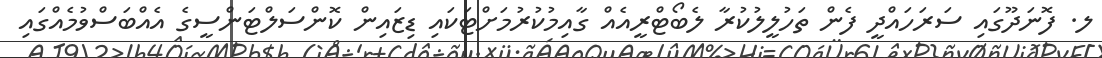
ލ. ފޮނަދޫގައި ސަރަހައްދީ ފެން ތަހުލީލުކުރާ ލެބޯޓްރީއެއް ގާއިމުކުރުމަށްޓަކައި ޑިޒައިން ކޮންސަލްޓަންސީގެ އެއްބަސްވުމެއްގައި